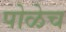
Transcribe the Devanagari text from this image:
पोळेच